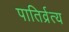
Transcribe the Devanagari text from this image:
पातिर्व्रत्य